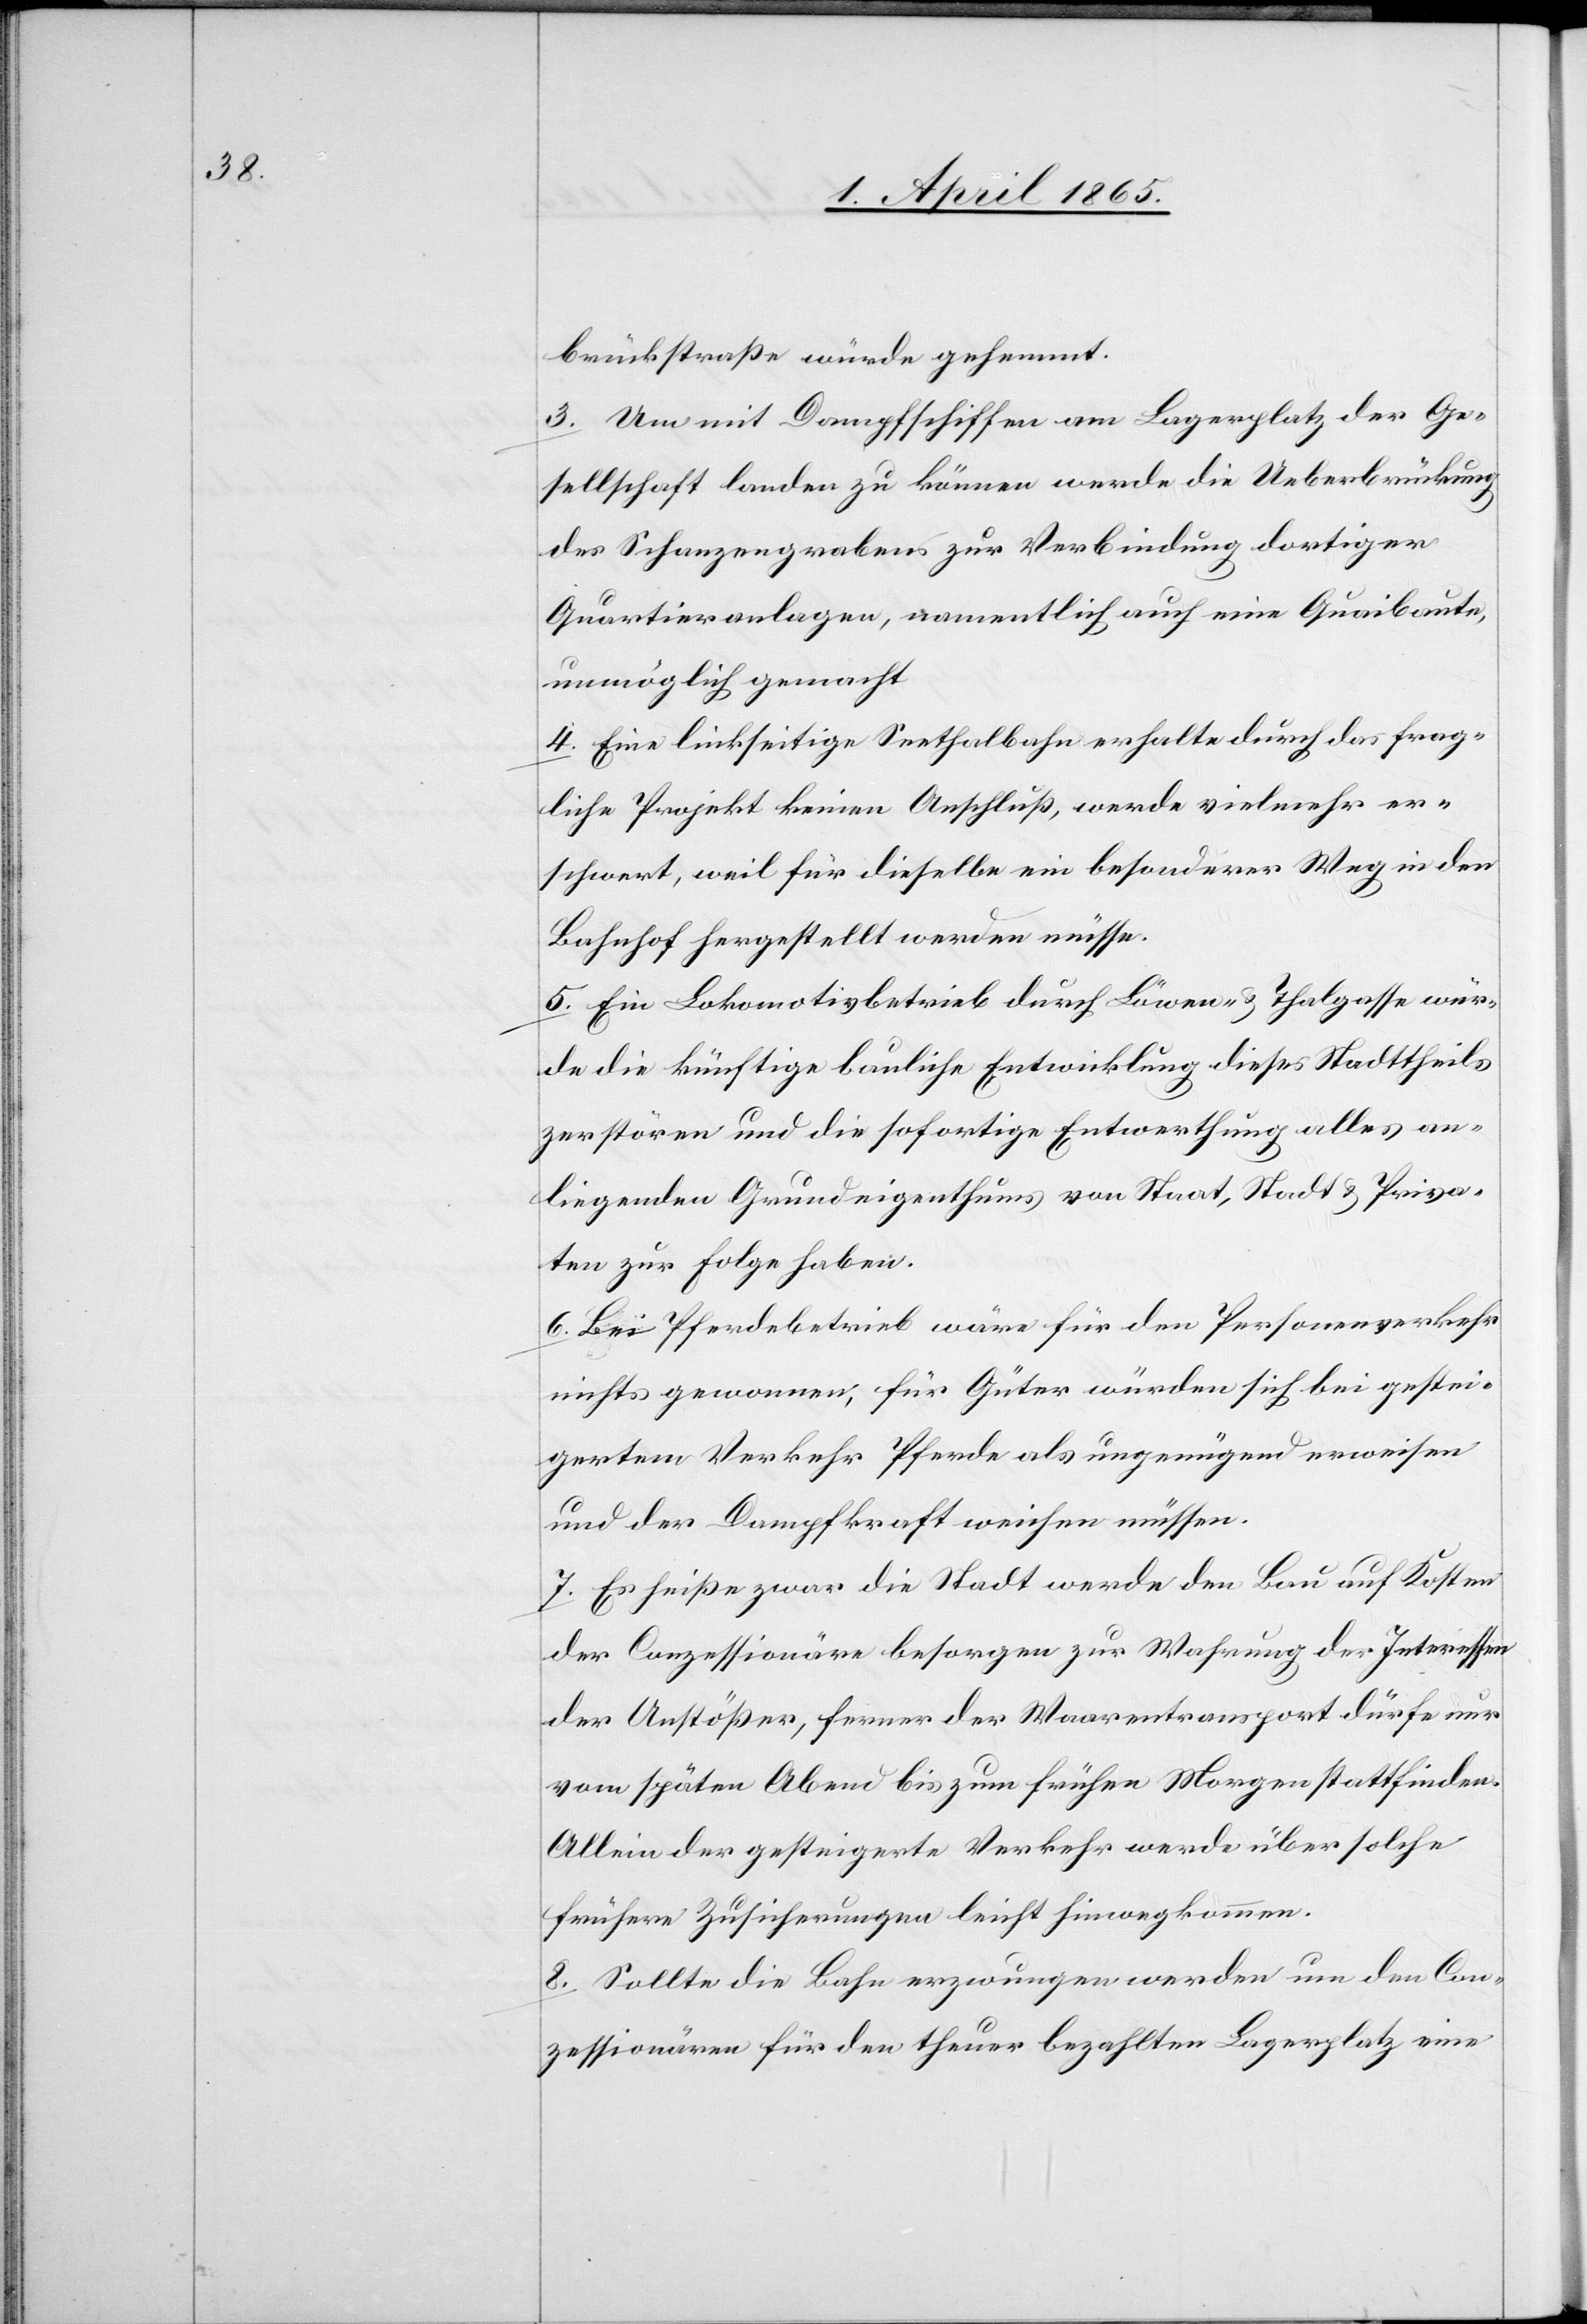
brückstraße würde gehemmt.
3. Um mit Dampfschiffen am Lagerplatz der Ge¬
sellschaft landen zu können werde die Ueberbrückung
des Schanzengrabens zur Verbindung dortiger
Quartieranlagen, namentlich auch eine Quaibaute,
unmöglich gemacht
4. Eine linkseitige Seethalbahn erhalte durch das frag¬
liche Projekt keinen Anschluß, werde vielmehr er¬
schwert, weil für dieselbe ein besonderer Weg in den
Bahnhof hergestellt werden müsse.
5. Ein Lokomotivbetrieb durch Löwen- & Tahlgasse wür¬
de die künftige bauliche Entwicklung dieses Stadttheils
zerstören und die sofortige Entwerthung alles an¬
liegenden Grundeigenthums von Staat, Stadt & Priva¬
ten zur Folge haben.
6. Bei Pferdebetrieb wäre für den Personenverkehr
nichts gewonnen, für Güter würden sich bei gestei¬
gertem Verkehr Pferde als ungenügend erweisen
und der Dampfkraft weichen müssen.
7. Es heiße zwar die Stadt werde den Bau auf Kosten
der Conzessionäre besorgen zur Wahrung der Interessen
der Anstößer, ferner der Waarentransport dürfe nur
vom späten Abend bis zum frühen Morgen stattfinden.
Allein der gesteigerte Verkehr werde über solche
frühere Zusicherungen leicht hinwegkommen.
8. Sollte die Bahn erzwungen werden um den Con¬
zessionären für den theuer bezahlten Lagerplatz eine